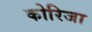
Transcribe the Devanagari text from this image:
कोरिजा